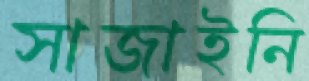
সাজাইনি